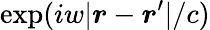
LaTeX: \exp(iw|\boldsymbol{r}-\boldsymbol{r}^{\prime}|/c)